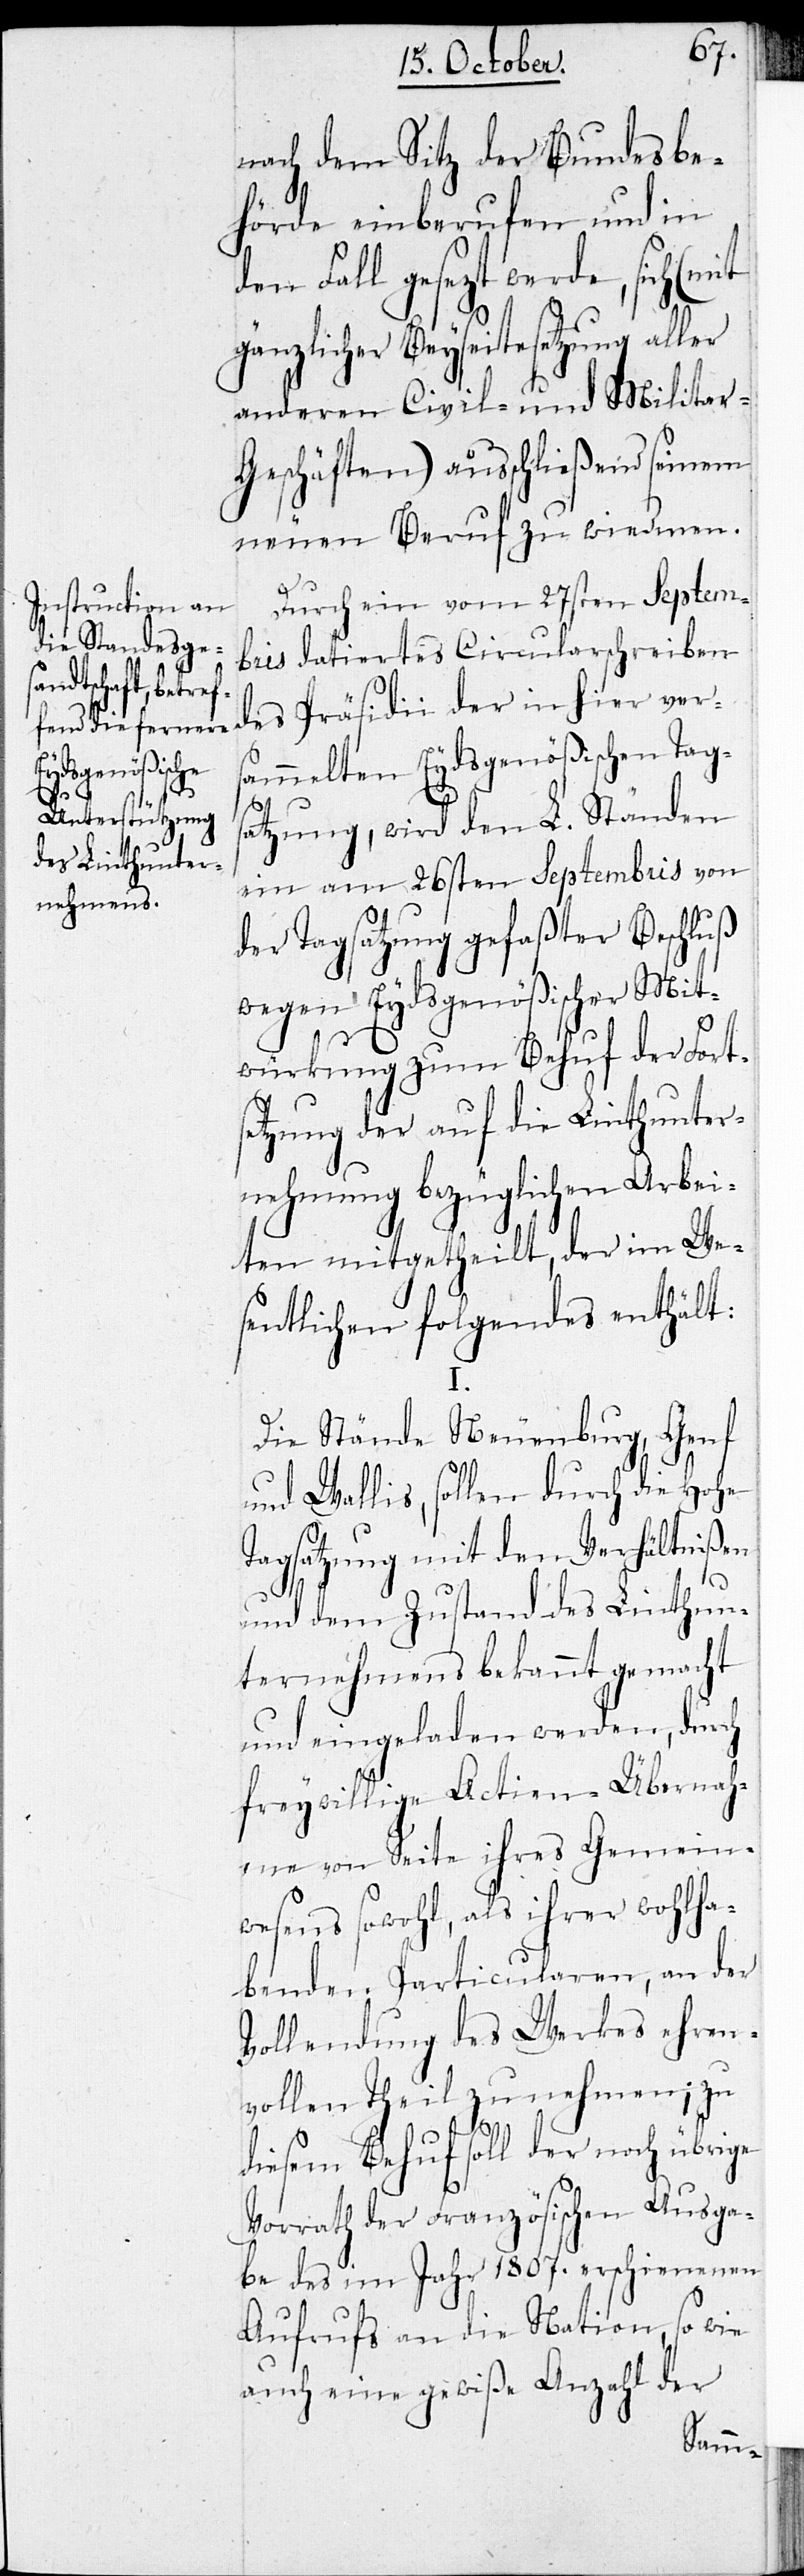
nach dem Sitz der Bundesbe¬
hörde einberufen und in
den Fall gesezt werde, sich (mit
gänzlicher Beyseitesetzung aller
anderen Civil- und Militar-G¬
eschäfte) ausschließend seinem
neuen Beruf zu wiedmen.
Durch ein vom 27sten Septem¬
bris datiertes Circularschreiben
des Präsidii der in hier vers¬
ammelten Eydsgenößischen Tag¬
I.
satzung, wird den L. Ständen
ein am 26sten Septembris von
der Tagsatzung gefaßter Beschluß
wegen Eydsgenößischer Mit¬
würkung zum Behuf der Forts¬
etzung der auf die Linthunter¬
nehmung bezüglichen Arbei¬
ten mitgetheilt, der im We¬
sentlichen folgendes enthält:
Die Stände Neuenburg, Genf
und Wallis, sollen durch die Hohe
Tagsatzung mit den Verhältnißen
und dem Zustand des Linthun¬
ternehmens bekannt gemacht
und eingeladen werden, durch
freywillige Actien-Übernah¬
me von Seite ihres Gemein¬
wesens sowohl, als ihrer wohlha¬
benden Particularen, an der
Vollendung des Werkes ehren¬
vollen Theil zu nehmen; zu
diesem Behuf soll der noch übrige
Vorrath der Französischen Ausga¬
be des im Jahr 1807. erschienenen
Aufrufs an die Nation, so wie
auch eine gewiße Anzahl der